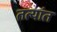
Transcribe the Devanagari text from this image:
तत्यांत